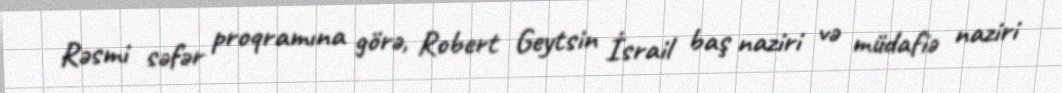
Rəsmi səfər proqramına görə, Robert Geytsin İsrail baş naziri və müdafiə naziri